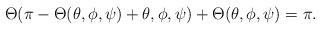
LaTeX: \begin{align*} \Theta(\pi-\Theta(\theta,\phi,\psi)+\theta,\phi,\psi) + \Theta(\theta,\phi,\psi)=\pi.\end{align*}